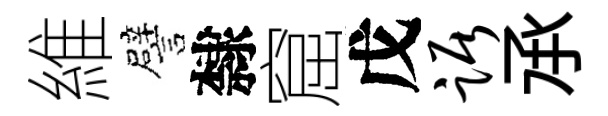
維譬隸窟戊踞𠄘